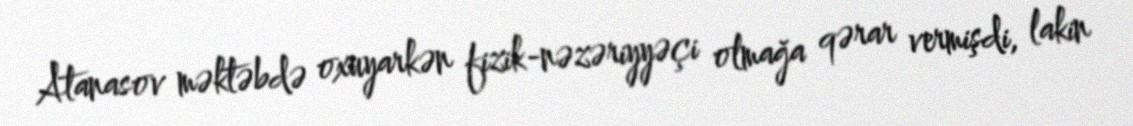
Atanasov məktəbdə oxuyarkən fizik-nəzəriyyəçi olmağa qərar vermişdi, lakin